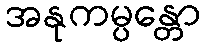
အနုကမ္ပန္တော